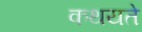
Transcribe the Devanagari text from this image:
कथयते